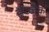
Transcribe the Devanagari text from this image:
हैज्जैक